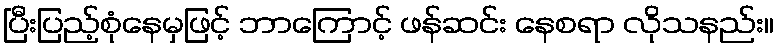
ပြီးပြည့်စုံနေမှဖြင့် ဘာကြောင့် ဖန်ဆင်း နေစရာ လိုသနည်း။